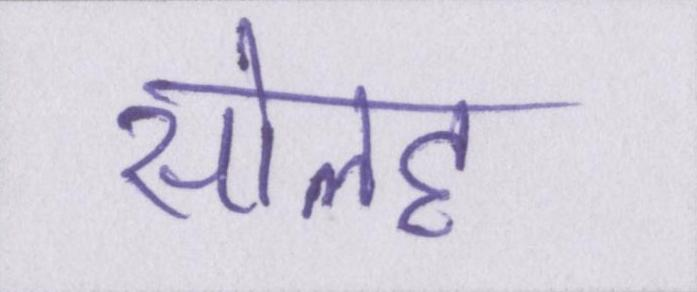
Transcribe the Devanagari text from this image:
सोलह